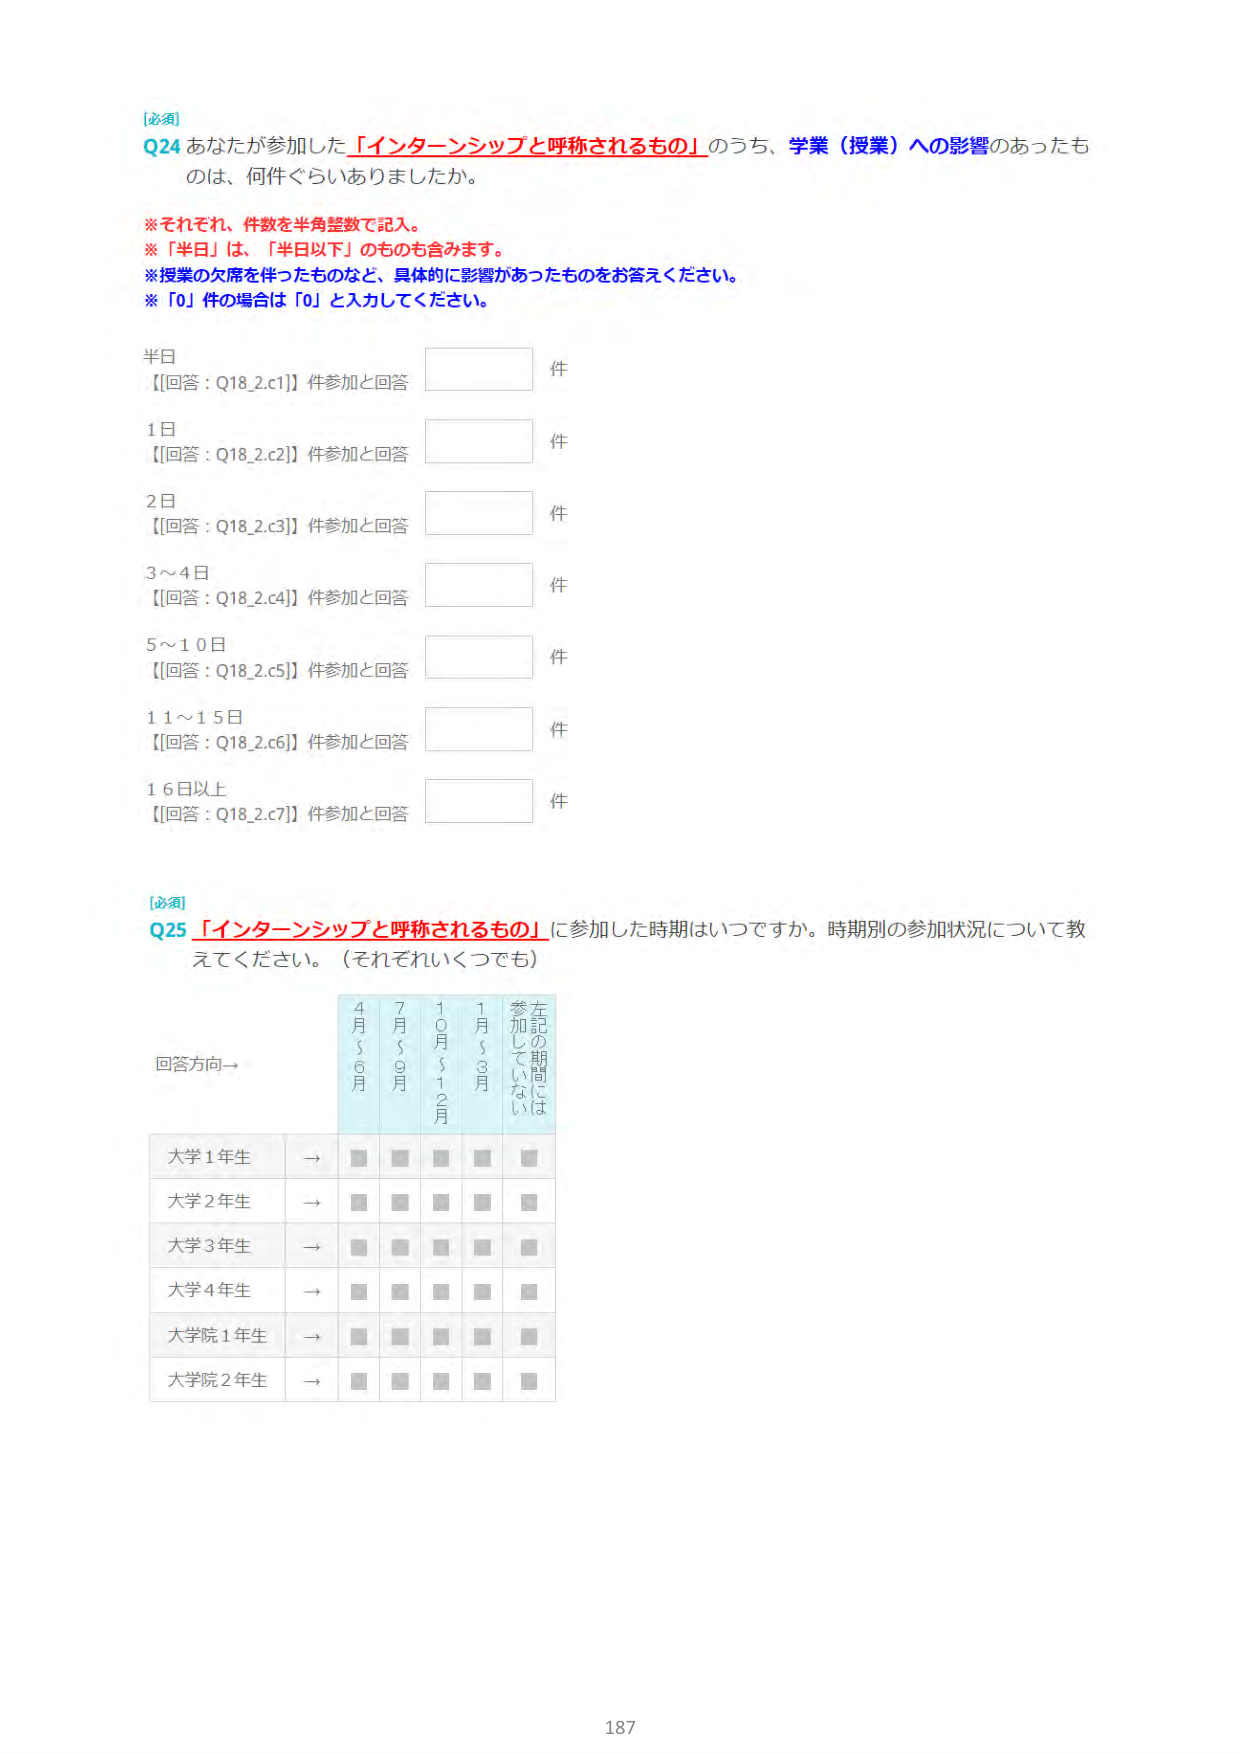
[必須]
Q24 あなたが参加した「インターンシップと呼称されるもの」のうち、学業（授業）への影響のあったものは、何件ぐらいありましたか。

※それぞれ、件数を半角整数で記入。
※「半日」は、「半日以下」のものも含みます。
※授業の欠席を伴ったものなど、具体的に影響があったものをお答えください。
※「0」件の場合は「0」と入力してください。

半日
【回答：Q18_2.c1】件参加と回答 件

1日
【回答：Q18_2.c2】件参加と回答 件

2日
【回答：Q18_2.c3】件参加と回答 件

3～4日
【回答：Q18_2.c4】件参加と回答 件

5～10日
【回答：Q18_2.c5】件参加と回答 件

11～15日
【回答：Q18_2.c6】件参加と回答 件

16日以上
【回答：Q18_2.c7】件参加と回答 件

[必須]
Q25 「インターンシップと呼称されるもの」に参加した時期はいつですか。時期別の参加状況について教えてください。（それぞれいくつでも）

回答方向→

4月～6月　7月～9月　10月～12月　1月～3月　左記の期間には参加していない

大学1年生 → ■ ■ ■ ■ ■
大学2年生 → ■ ■ ■ ■ ■
大学3年生 → ■ ■ ■ ■ ■
大学4年生 → ■ ■ ■ ■ ■
大学院1年生 → ■ ■ ■ ■ ■
大学院2年生 → ■ ■ ■ ■ ■

187